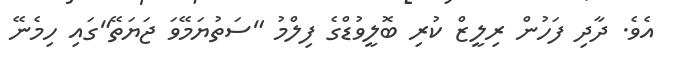
އެވެ. ދާދި ފަހުން ރިލީޒް ކުރި ބޮލީވުޑްގެ ފިލްމު "ސަތުޔަމޭވަ ޖަޔަތޭ"ގައި ހިމެނޭ